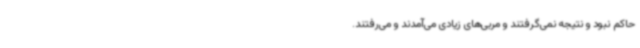
حاکم نبود و نتیجه نمی‌گرفتند و مربی‌های زیادی می‌آمدند و می‌رفتند.